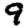
Digit: 9